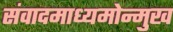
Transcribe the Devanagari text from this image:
संवादमाध्यमोन्मुख